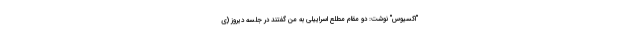
"اکسیوس" نوشت: دو مقام مطلع اسراییلی به من گفتند در جلسه دیروز (ی